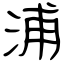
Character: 浦